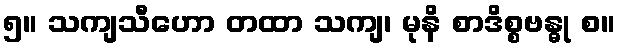
၅။ သကျသီဟော တထာ သကျ၊ မုနိ စာဒိစ္စဗန္ဓု စ။